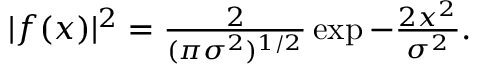
\begin{array} { r } { | f ( x ) | ^ { 2 } = \frac { 2 } { ( \pi \sigma ^ { 2 } ) ^ { 1 / 2 } } \exp { - \frac { 2 x ^ { 2 } } { \sigma ^ { 2 } } } . } \end{array}